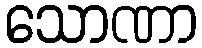
သောဏာ